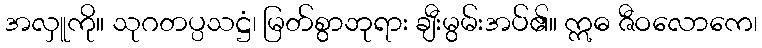
အလှူကို။ သုဂတပ္ပသဋ္ဌံ၊ မြတ်စွာဘုရား ချီးမွမ်းအပ်၏။ ဣဓ ဇီဝလောကေ၊